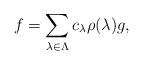
\begin{align*} f = \sum_{\lambda \in \Lambda} c_\lambda \rho(\lambda) g,\end{align*}